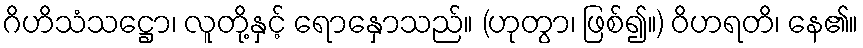
ဂိဟိသံသဋ္ဌော၊ လူတို့နှင့် ရောနှောသည်။ (ဟုတွာ၊ ဖြစ်၍။) ဝိဟရတိ၊ နေ၏။